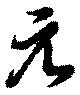
元